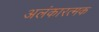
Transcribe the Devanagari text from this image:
अलंकारत्मक